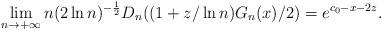
LaTeX: \begin{align*}\lim_{n\to+\infty}n(2\ln n)^{-\frac{1}{2}} D_n((1+z/\ln n)G_n(x)/2)=e^{c_0-x-2z}.\end{align*}